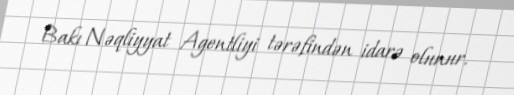
Bakı Nəqliyyat Agentliyi tərəfindən idarə olunur.